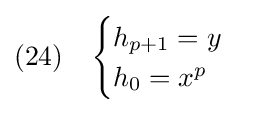
(24)\quad {\begin{cases}h_{p+1}=y\\h_{0}=x^{p}\end{cases}}